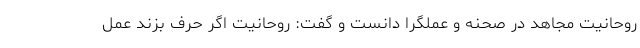
روحانیت مجاهد در صحنه و عملگرا دانست و گفت: روحانیت اگر حرف بزند عمل